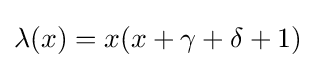
\lambda (x)=x(x+\gamma +\delta +1)